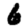
Digit: 6